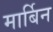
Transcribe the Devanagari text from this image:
मार्बिन